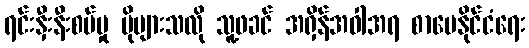
ရင်းနှီးနီးစပ်မှု ပိုများသလို သူ့ဖခင် အရှိန်အဝါအရ စာပေနိုင်ငံရေး